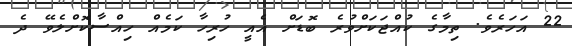
22 އަހަރެވެ. ތިމާގެ ކުއްޖަކަށްވުރެ ބޮޑަށް އެއީ ހުރިހާ ކަމެއް ހިއްސާކޮށްލެވޭ ދެ